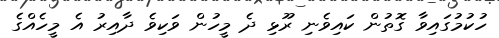
ހުކުމުގައިވާ ގޮތުން ކައިވެނި ރޫޅި ދެ މީހުން ވަކިވެ ދާއިރު އެ މީހެއްގެ